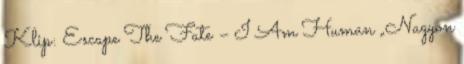
Klip: Escape The Fate – I Am Human „Nagyon